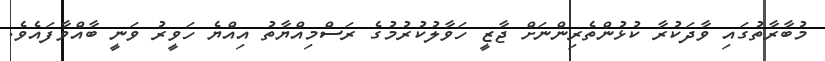
މުބާރާތުގައި ވާދަކުރާ ކުޅުންތެރިންނަށް ޖާޒީ ހަވާލުކުރުމުގެ ރަސްމިއްޔާތު އިއްޔެ ހަވީރު ވަނީ ބާއްވާފައެވެ.